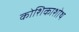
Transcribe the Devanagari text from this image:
कोशिकाशोथ